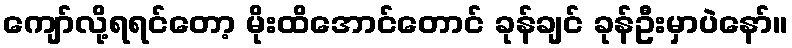
ကျော်လို့ရရင်တော့ မိုးထိအောင်တောင် ခုန်ချင် ခုန်ဦးမှာပဲနော်။